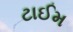
ટાઈમ